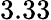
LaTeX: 3.33